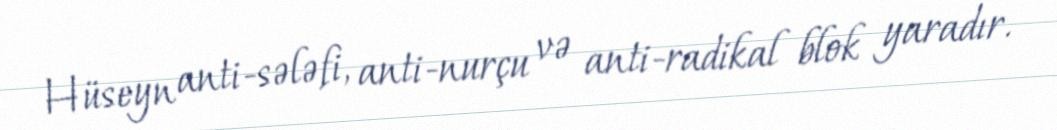
Hüseyn anti-sələfi, anti-nurçu və anti-radikal blok yaradır.